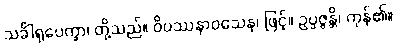
သင်္ခါရုပေက္ခာ၊ တို့သည်။ ဝိပဿနာဝသေန၊ ဖြင့်။ ဥပ္ပဇ္ဇန္တိ၊ ကုန်၏။